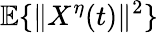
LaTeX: \mathbb{E}\{ \| X^{\eta}(t)\| ^{2}\}